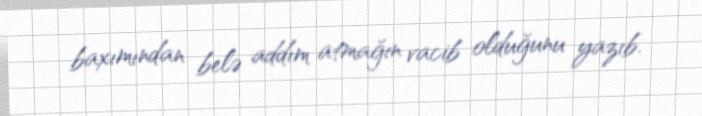
baxımından belə addım atmağın vacib olduğunu yazıb.